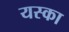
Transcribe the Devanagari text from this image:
यस्का